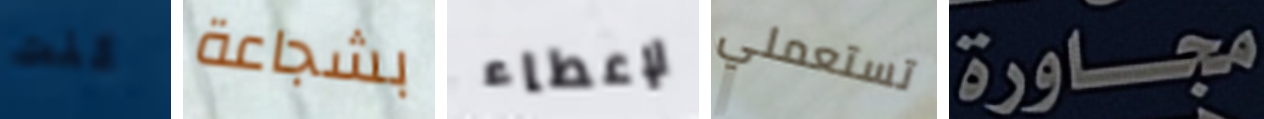
كنت بشجاعة لإعطاء تستعملي مجاورة